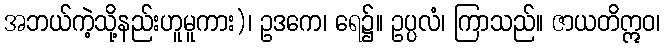
အဘယ်ကဲ့သို့နည်းဟူမူကား)၊ ဥဒကေ၊ ရေ၌။ ဥပ္ပလံ၊ ကြာသည်။ ဇာယတိဣဝ၊